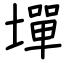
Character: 墠